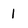
Character: 1